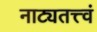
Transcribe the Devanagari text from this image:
नाट्यतत्त्वं